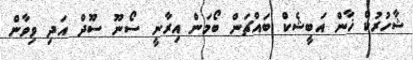
ޝާހުރުކް ޚާން އަބީޝެކް ބައްޗަން ބޯމަން އިރާނީ ސޯނޫ ސޫދް އަދި ވިވާން